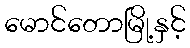
မောင်တောမြို့နှင့်